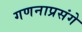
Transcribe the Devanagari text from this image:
गणनाप्रसंगे